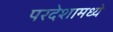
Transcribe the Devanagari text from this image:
परदेशामध्ये